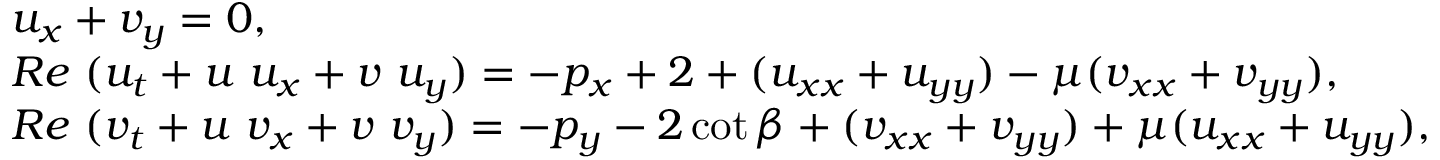
\begin{array} { r l } & { u _ { x } + v _ { y } = 0 , } \\ & { R e ~ ( u _ { t } + u ~ u _ { x } + v ~ u _ { y } ) = - p _ { x } + 2 + ( u _ { x x } + u _ { y y } ) - \mu ( v _ { x x } + v _ { y y } ) , } \\ & { R e ~ ( v _ { t } + u ~ v _ { x } + v ~ v _ { y } ) = - p _ { y } - 2 \cot \beta + ( v _ { x x } + v _ { y y } ) + \mu ( u _ { x x } + u _ { y y } ) , } \end{array}